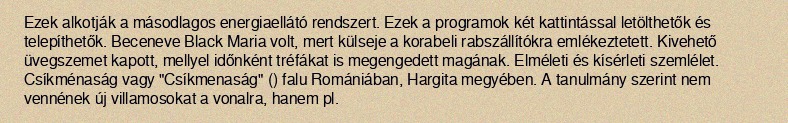
Ezek alkotják a másodlagos energiaellátó rendszert. Ezek a programok két kattintással letölthetők és telepíthetők. Beceneve Black Maria volt, mert külseje a korabeli rabszállítókra emlékeztetett. Kivehető üvegszemet kapott, mellyel időnként tréfákat is megengedett magának. Elméleti és kísérleti szemlélet. Csíkménaság vagy "Csíkmenaság" () falu Romániában, Hargita megyében. A tanulmány szerint nem vennének új villamosokat a vonalra, hanem pl.